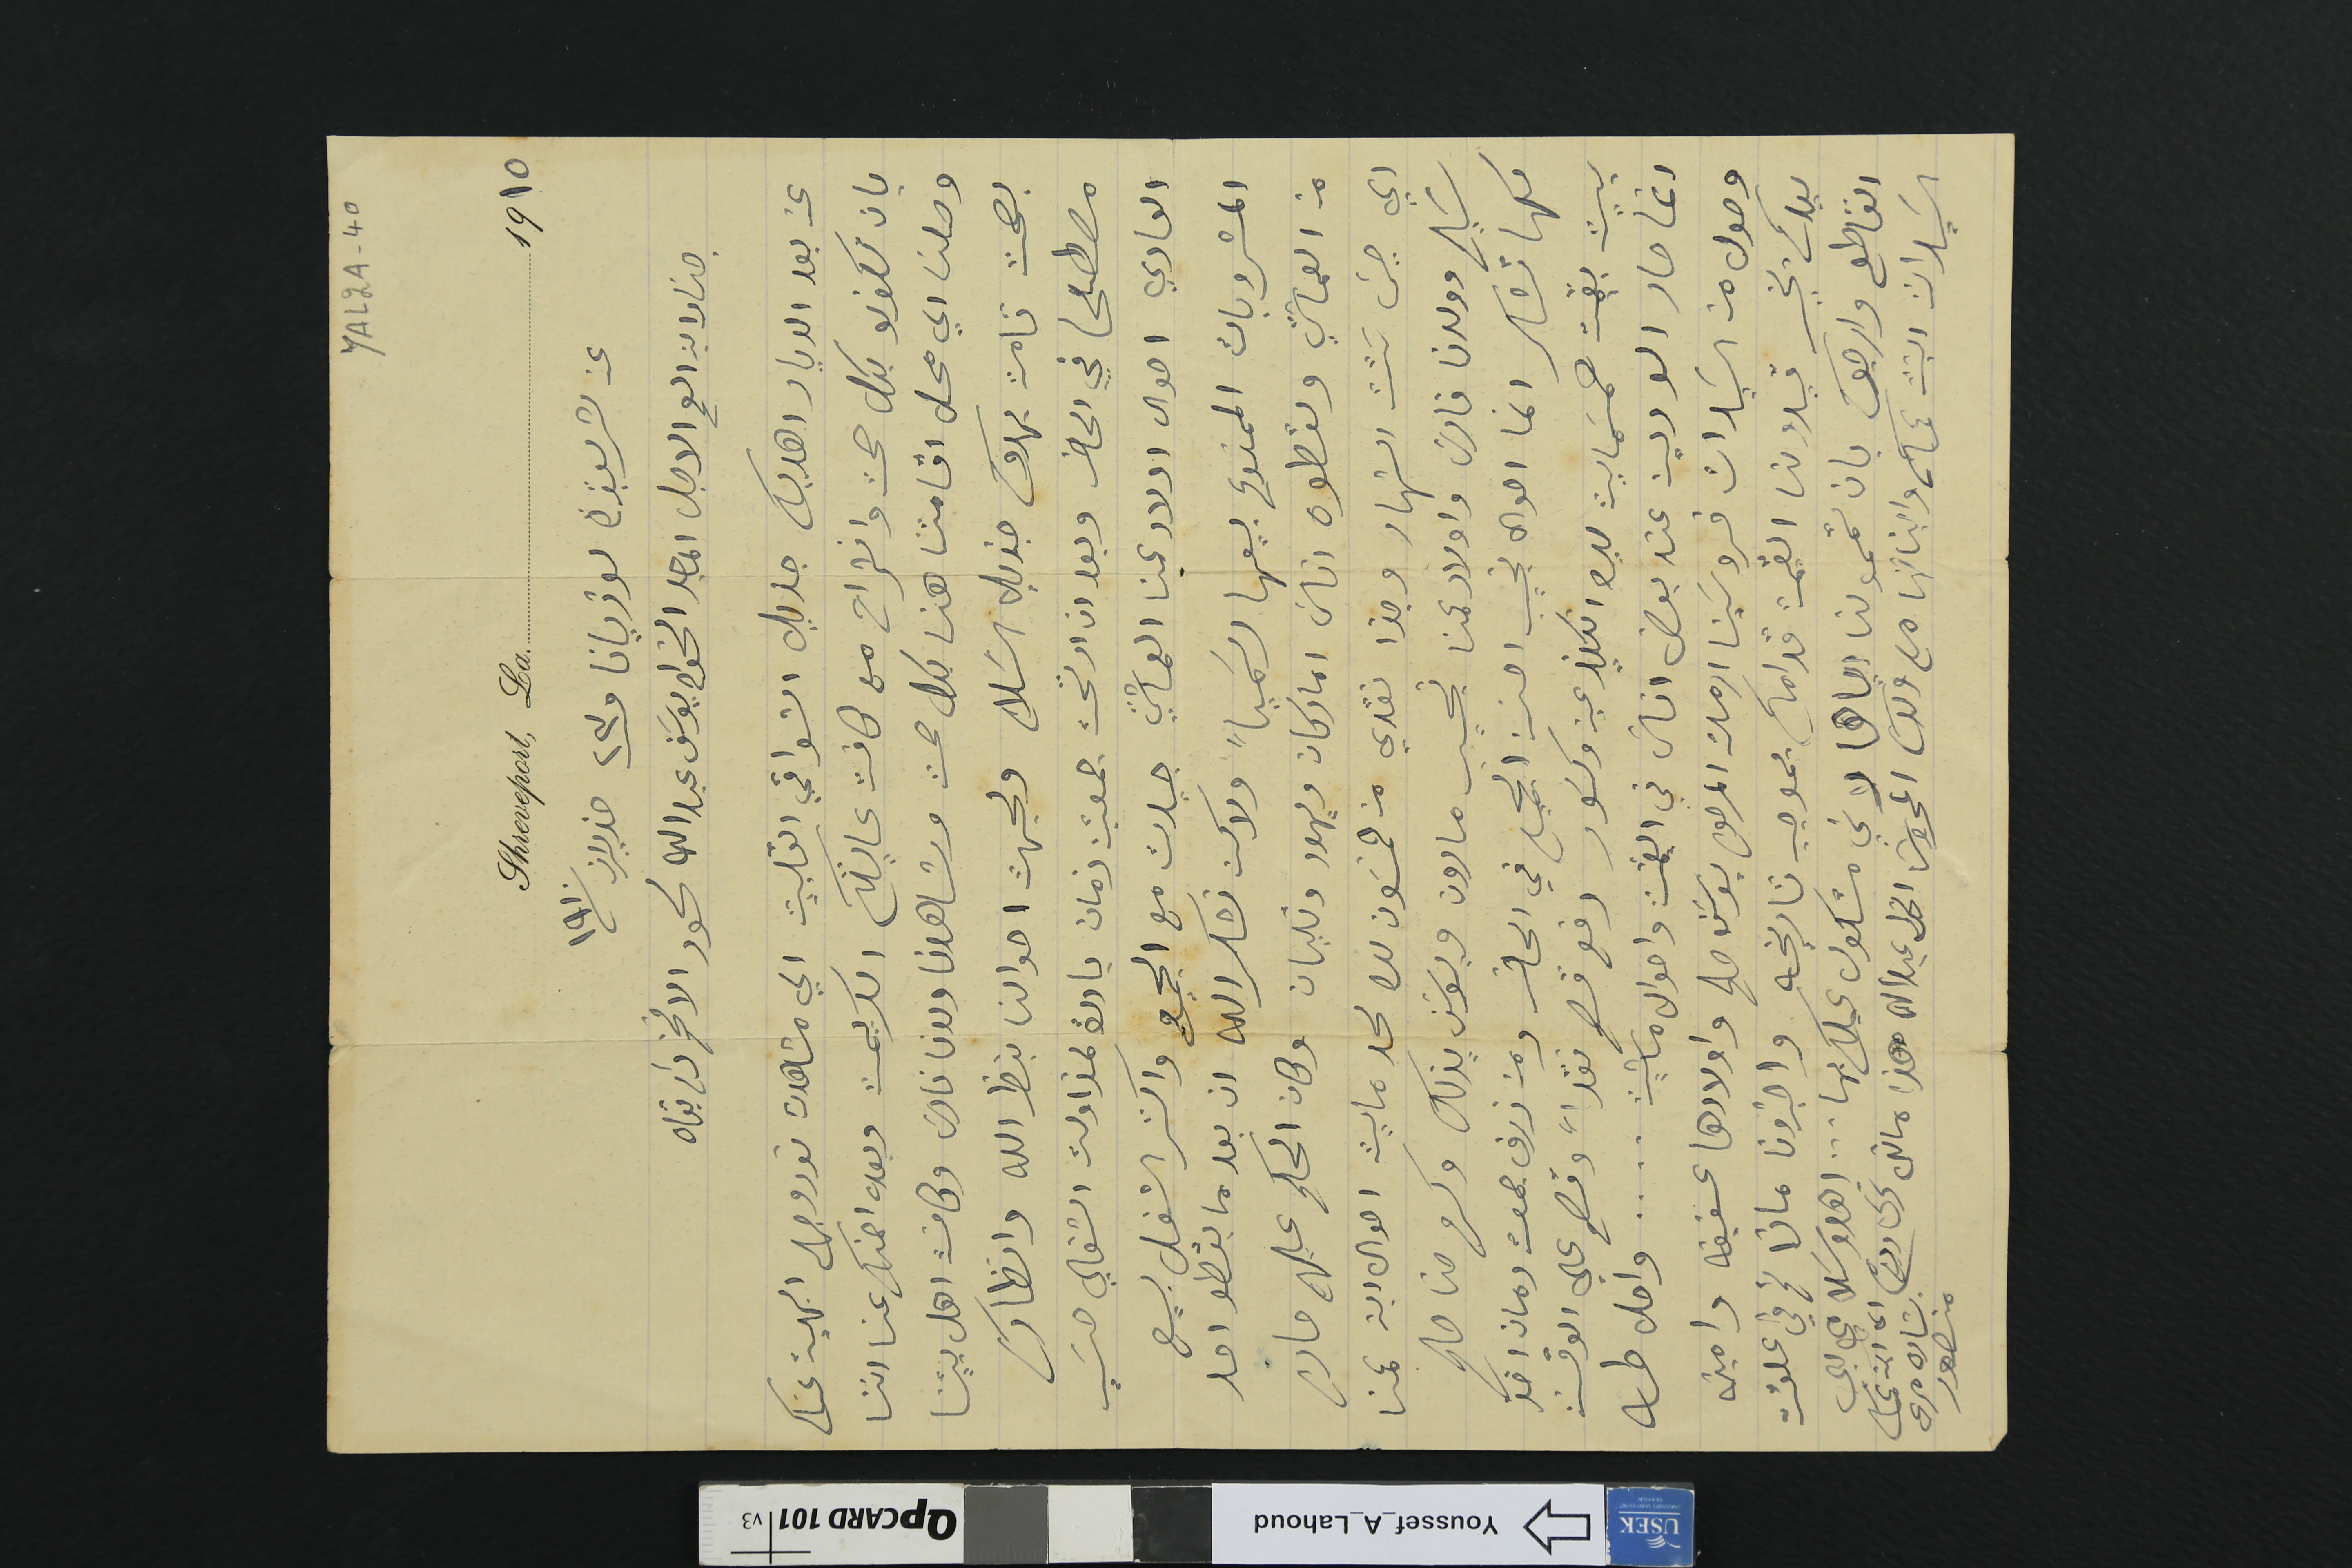
YAL2A-40
Shreveport, LA........................................1910
عن تشريفبورت لوزيانا فى ٢٣ حزيران ١٩١٠
جناب ابن العم الاجل الماجد الخواجه يوسَف عبدلله لحود الافخم دام بقاه
عن بعد الديار اهديك جزيل اشواقي القلبيت الي مشاهدت نور وجهك البهية عساك
بان تكونو بكل صحت وانشراح مع كافة عايلتكم الكريمة وبعده اطمنك عنا اننا
وصلنا الي محل اقامتنا هنا بكل صحة وشاهدنا مارون فارسَ وكافة اهل بيتنا
بصحت تامت يهدوك جزيل السَلام ولجهت احوالنا بنظر الله وانظارك
مصطلحا في الحاضر وبعد ان ارتحت جمعتين زمان بادرة لمزاولة اشغالي حسَب
العادي احوال اولاد عمنا العماشتي جيدت مع الجميع واكثر الشغل بيع
المشروبات الممنوع بيعها رسَمياً ولاكن نشكر الله ان بعد ما لقطو احد
من العماشتي ولقطوه اناسَ اماركان ويهود وتليان وكان الحكم عليهم حاد
اي حبسَ سَتت الشهار وجزا نقدي من خمسَون ليره لحد مايت احوال ابن عمنا
سَليم وولدنا فارسَ واولاد عمنا نجيب مارون ويوسَف يزبك وكرم حنا صالح
كلها تشاكر انما احوال نجيب احسن الجميع في الحاضر ومن ذرف جمعة رمان اخذ
بيت بقيمت خمسماية ليره انكليز وكسَور دفع قصم نقداً  وقصم على الوقت
انما صار الو دين عند بعض اناسَ في العمشت واحوال ماشيت.. ..  واصل طه
وصول من السيدات فروسينا ارملة المرحوم يوسف صالح واولادها عفيفه وامينه
ليدكم بخير قيدو لنا القيمة قدامكم بموجب تاريخه واخبرونا ماذا تم في علقت
القاطع وارجوكم بان تممولنا اياها لاني متكول عيلكم بها... اهدو سَلامي الى
السَيدات البنت عمكم وابناتها مع ولدكم المحروسَ عبدالله هذا ما تره تحريره ودمتم الى ابن عمك
بشاره مرعى
منصور